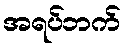
အရပ်ဘက်